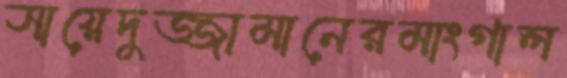
সায়েদুজ্জামানেরমাংগাল